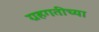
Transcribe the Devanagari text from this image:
ग्रहगतीच्या